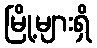
မြို့များရှိ